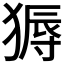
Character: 𬌽